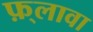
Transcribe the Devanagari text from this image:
फ़्लावा